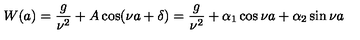
W ( a ) = \frac { g } { \nu ^ { 2 } } + A \cos ( \nu a + \delta ) = \frac { g } { \nu ^ { 2 } } + \alpha _ { 1 } \cos \nu a + \alpha _ { 2 } \sin \nu a